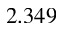
2 . 3 4 9